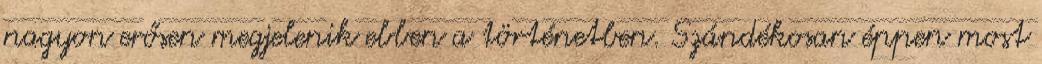
nagyon erősen megjelenik ebben a történetben. Szándékosan éppen most